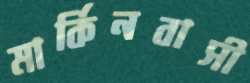
মার্কিনবাসী